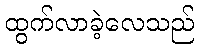
ထွက်လာခဲ့လေသည်